Report on horse surra - Volume II, Part I
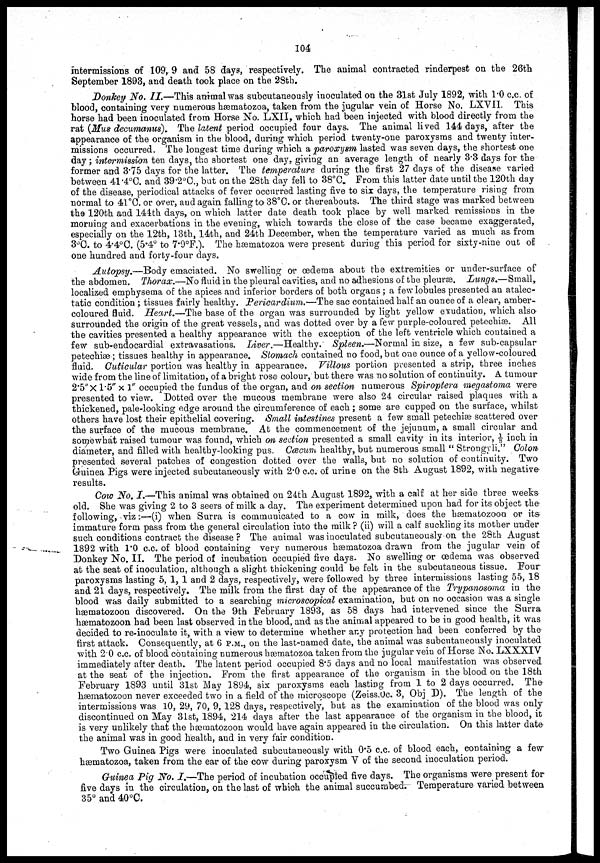
104
intermissions of 109, 9 and 58 days, respectively. The animal contracted rinderpest on the 26th
September 1893, and death took place on the 28th.
Donkey No. II.—This animal was subcutaneously inoculated on the 31st July 1892, with 1.0 c.c. of
blood, containing very numerous hæmatozoa, taken from the jugular vein of Horse No. LXVII. This
horse had been inoculated from Horse No. LXII, which had been injected with blood directly from the
rat (Mus decumanus). The latent period occupied four days. The animal lived 144 days, after the
appearance of the organism in the blood, during which period twenty-one paroxysms and twenty inter-
missions occurred. The longest time during which a paroxysm lasted was seven days, the shortest one
day; intermission ten days, the shortest one day, giving an average length of nearly 3.3 days for the
former and 3.75 days for the latter. The temperature during the first 27 days of the disease varied
between 41.4°C. and 39.2°C., but on the 28th day fell to 38°C. From this latter date until the 120th day
of the disease, periodical attacks of fever occurred lasting five to six days, the temperature rising from
normal to 41°C. or over, and again falling to 38°C. or thereabouts. The third stage was marked between
the 120th and 144th days, on which latter date death took place by well marked remissions in the
morning and exacerbations in the evening, which towards the close of the case became exaggerated,
especially on the 12th, 13th, 14th, and 24th December, when the temperature varied as much as from
3°C. to 4.4°C. (5.4° to 7.9°F.). The hæmatozoa were present during this period for sixty-nine out of
one hundred and forty-four days.
Autopsy.—Body emaciated. No swelling or œdema about the extremities or under-surface of
the abdomen. Thorax.—No fluid in the pleural cavities, and no adhesions of the pleuræ. Lungs.—Small,
localized emphysema of the apices and inferior borders of both organs; a few lobules presented an atalec-
tatic condition; tissues fairly healthy. Pericardium.—The sac contained half an ounce of a clear, amber-
coloured fluid. Heart.—The base of the organ was surrounded by light yellow exudation, which also-
surrounded the origin of the great vessels, and was dotted over by a few purple-coloured petechiæ. All
the cavities presented a healthy appearance with the exception of the left ventricle which contained a
few sub-endocardial extravasations. Liver.—Healthy. Spleen.—Normal in size, a few sub-capsular
petechiæ; tissues healthy in appearance. Stomach contained no food, but one ounce of a yellow-coloured
fluid. Cuticular portion was healthy in appearance. Villous portion presented a strip, three inches
wide from the line of limitation, of a bright rose colour, but there was no solution of continuity. A tumour
2.5"× 1.5" × 1" occupied the fundus of the organ, and on section numerous Spiroptera megastoma were
presented to view. Dotted over the mucous membrane were also 24 circular raised plaques with a
thickened, pale-looking edge around the circumference of each; some are cupped on the surface, whilst
others have lost their epithelial covering. Small intestines present a few small petechiæ scattered over
the surface of the mucous membrane. At the commencement of the jejunum, a small circular and
somewhat raised tumour was found, which on section presented a small cavity in its interior, 1/8 inch in
diameter, and filled with healthy-looking pus. Cæcum healthy, but numerous small " Strongyli." Colon
presented several patches of congestion dotted over the walls, but no solution of continuity. Two
Guinea Pigs were injected subcutaneously with 2.0 c.c. of urine on the 8th August 1892, with negative
results.
Cow No. I.—This animal was obtained on 24th August 1892, with a calf at her side three weeks
old. She was giving 2 to 3 seers of milk a day. The experiment determined upon had for its object the-
following, viz:—(i) when Surra is communicated to a cow in milk, does the hæmatozoon or its
immature form pass from the general circulation into the milk ? (ii) will a calf suckling its mother under
such conditions contract the disease ? The animal was inoculated subcutaneously on the 28th August
1892 with 1.0 c.c. of blood containing very numerous hæmatozoa drawn from the jugular vein of
Donkey No. II. The period of incubation occupied five days. No swelling or œdema was observed
at the seat of inoculation, although a slight thickening could be felt in the subcutaneous tissue. Four
paroxysms lasting 5, 1, 1 and 2 days, respectively, were followed by three intermissions lasting 55, 18
and 21 days, respectively. The milk from the first day of the appearance of the Trypanosoma in the
blood was daily submitted to a searching microscopical examination, but on no occasion was a single
hæmatozoon discovered. On the 9th February 1893, as 58 days had intervened since the Surra
hæmatozoon had been last observed in the blood, and as the animal appeared to be in good health, it was
decided to re-inoculate it, with a view to determine whether any protection had been conferred by the
first attack. Consequently, at 6 P.M., on the last-named date, the animal was subcutaneously inoculated
with 20 c.c. of blood containing numerous hæmatozoa taken from the jugular vein of Horse No. LXXXIV
immediately after death. The latent period occupied 8.5 days and no local manifestation was observed
at the seat of the injection. From the first appearance of the organism in the blood on the 18th
February 1893 until 31st May 1894, six paroxysms each lasting from 1 to 2 days occurred. The
hæmatozoon never exceeded two in a field of the microscope (Zeiss.0c. 3, Obj D). The length of the
intermissions was 10, 29, 70, 9, 128 days, respectively, but as the examination of the blood was only-
discontinued on May 31st, 1894, 214 days after the last appearance of the organism in the blood, it
is very unlikely that the hæmatozoon would have again appeared in the circulation. On this latter date
the animal was in good health, and in very fair condition.
Two Guinea Pigs were inoculated subcutaneously with 0.5 c.c. of blood each, containing a few
hæmatozoa, taken from the ear of the cow during paroxysm V of the second inoculation period.
Guinea Pig No. I.—The period of incubation occupied five days. The organisms were present for
five days in the circulation, on the last of which the animal succumbed. Temperature varied between
35° and 40°C.